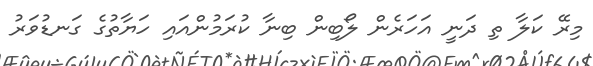
މިރޭ ކަލާ ތި ދަނީ އަހަރެން ލޯބިން ބިނާ ކުރަމުންއައި ހަޔާތުގެ ގަނޑުވަރު